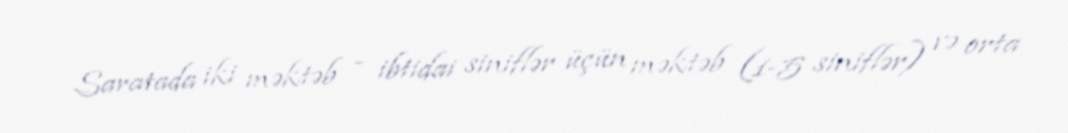
Saratada iki məktəb – ibtidai siniflər üçün məktəb (1-5 siniflər) və orta